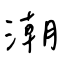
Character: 潮